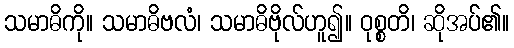
သမာဓိကို။ သမာဓိဗလံ၊ သမာဓိဗိုလ်ဟူ၍။ ဝုစ္စတိ၊ ဆိုအပ်၏။